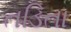
તડિતા